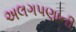
અલગપણાની